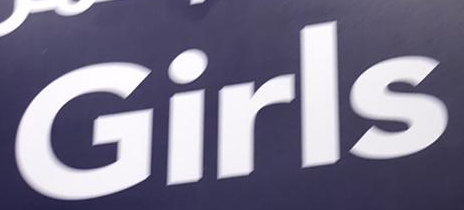
Girls